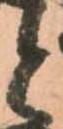
と